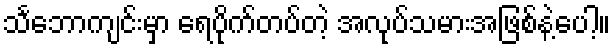
သင်္ဘောကျင်းမှာ ရေပိုက်တပ်တဲ့ အလုပ်သမားအဖြစ်နဲ့ပေါ့။